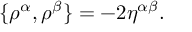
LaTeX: \{ \rho ^ { \alpha } , \rho ^ { \beta } \} = - 2 \eta ^ { \alpha \beta } .